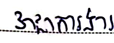
វាជាការងារ